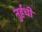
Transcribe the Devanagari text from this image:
नुर्हची